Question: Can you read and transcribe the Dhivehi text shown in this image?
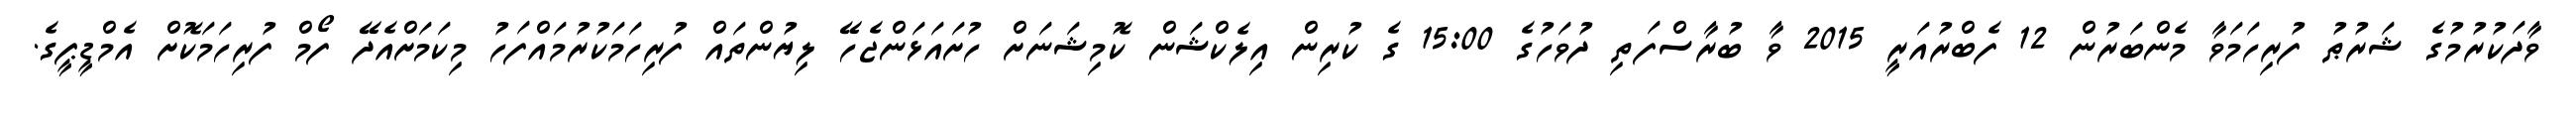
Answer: ވާދަކުރުމުގެ ޝަރުޠު ފުރިހަމަވާ މެންބަރުން 12 ފެބްރުއަރީ 2015 ވާ ބުރާސްފަތި ދުވަހުގެ 15:00 ގެ ކުރިން އިލެކްޝަން ކޮމިޝަނަށް ހުށައަޅަންޖެހޭ ލިޔުންތައް ފުރިހަމަކުރުމައްފަހު މިކަމަށްއެދޭ ފޯމް ފުރިހަމަކޮށް އެމްޑީޕީގެ.